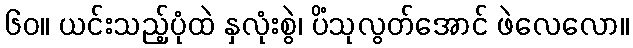
၆၀။ ယင်းသည့်ပုံထဲ နှလုံးစွဲ၊ ပိံသုလွတ်အောင် ဖဲလေလော။